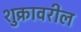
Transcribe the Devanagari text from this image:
शुक्रावरील